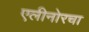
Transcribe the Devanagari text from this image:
एलीनोरचा